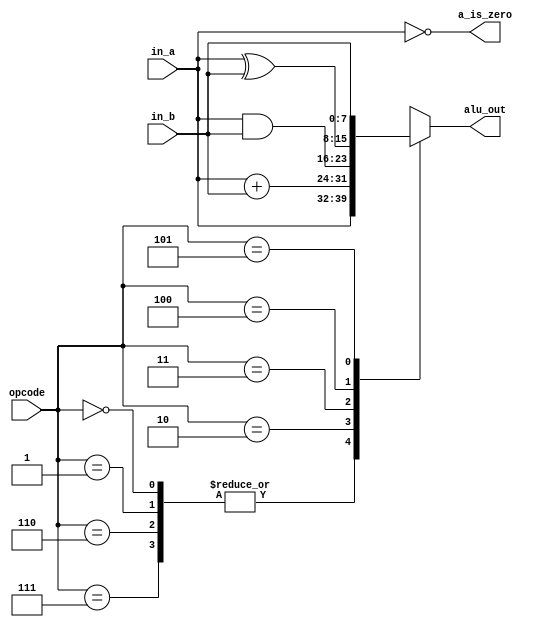
`timescale 1ns/100ps

`define HLT 0
`define SKZ 1
`define ADD 2
`define AND 3
`define XOR 4
`define LDA 5
`define STO 6
`define JMP 7

module alu #(parameter WIDTH = 8) (
    input wire  [2:0]       opcode,
    input wire  [WIDTH-1:0] in_a,
    input wire  [WIDTH-1:0] in_b,
    output reg  [WIDTH-1:0] alu_out,
    output reg              a_is_zero
);

always @(*) begin
    case(opcode)
        `HLT, `SKZ, `STO, `JMP: alu_out = in_a;
        `ADD:   alu_out = in_a + in_b;
        `AND:   alu_out = in_a & in_b;
        `XOR:   alu_out = in_a ^ in_b;
        `LDA:   alu_out = in_b;
    endcase
    a_is_zero = (in_a == 0);
end
endmodule